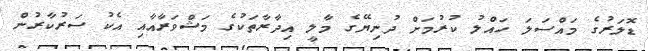
ޑޮލަރުގެ މައްސަލަ ހައްލު ކުރުމަށް ދުނިޔޭގެ މާލީ އިދާރާތަކުގެ މަޝްވަރާއާއި އެކު ސަރުކާރުން